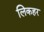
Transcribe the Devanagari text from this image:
लिकहर